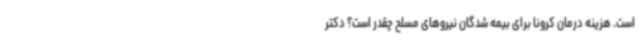
است. هزینه درمان کرونا برای بیمه شدگان نیروهای مسلح چقدر است؟ دکتر